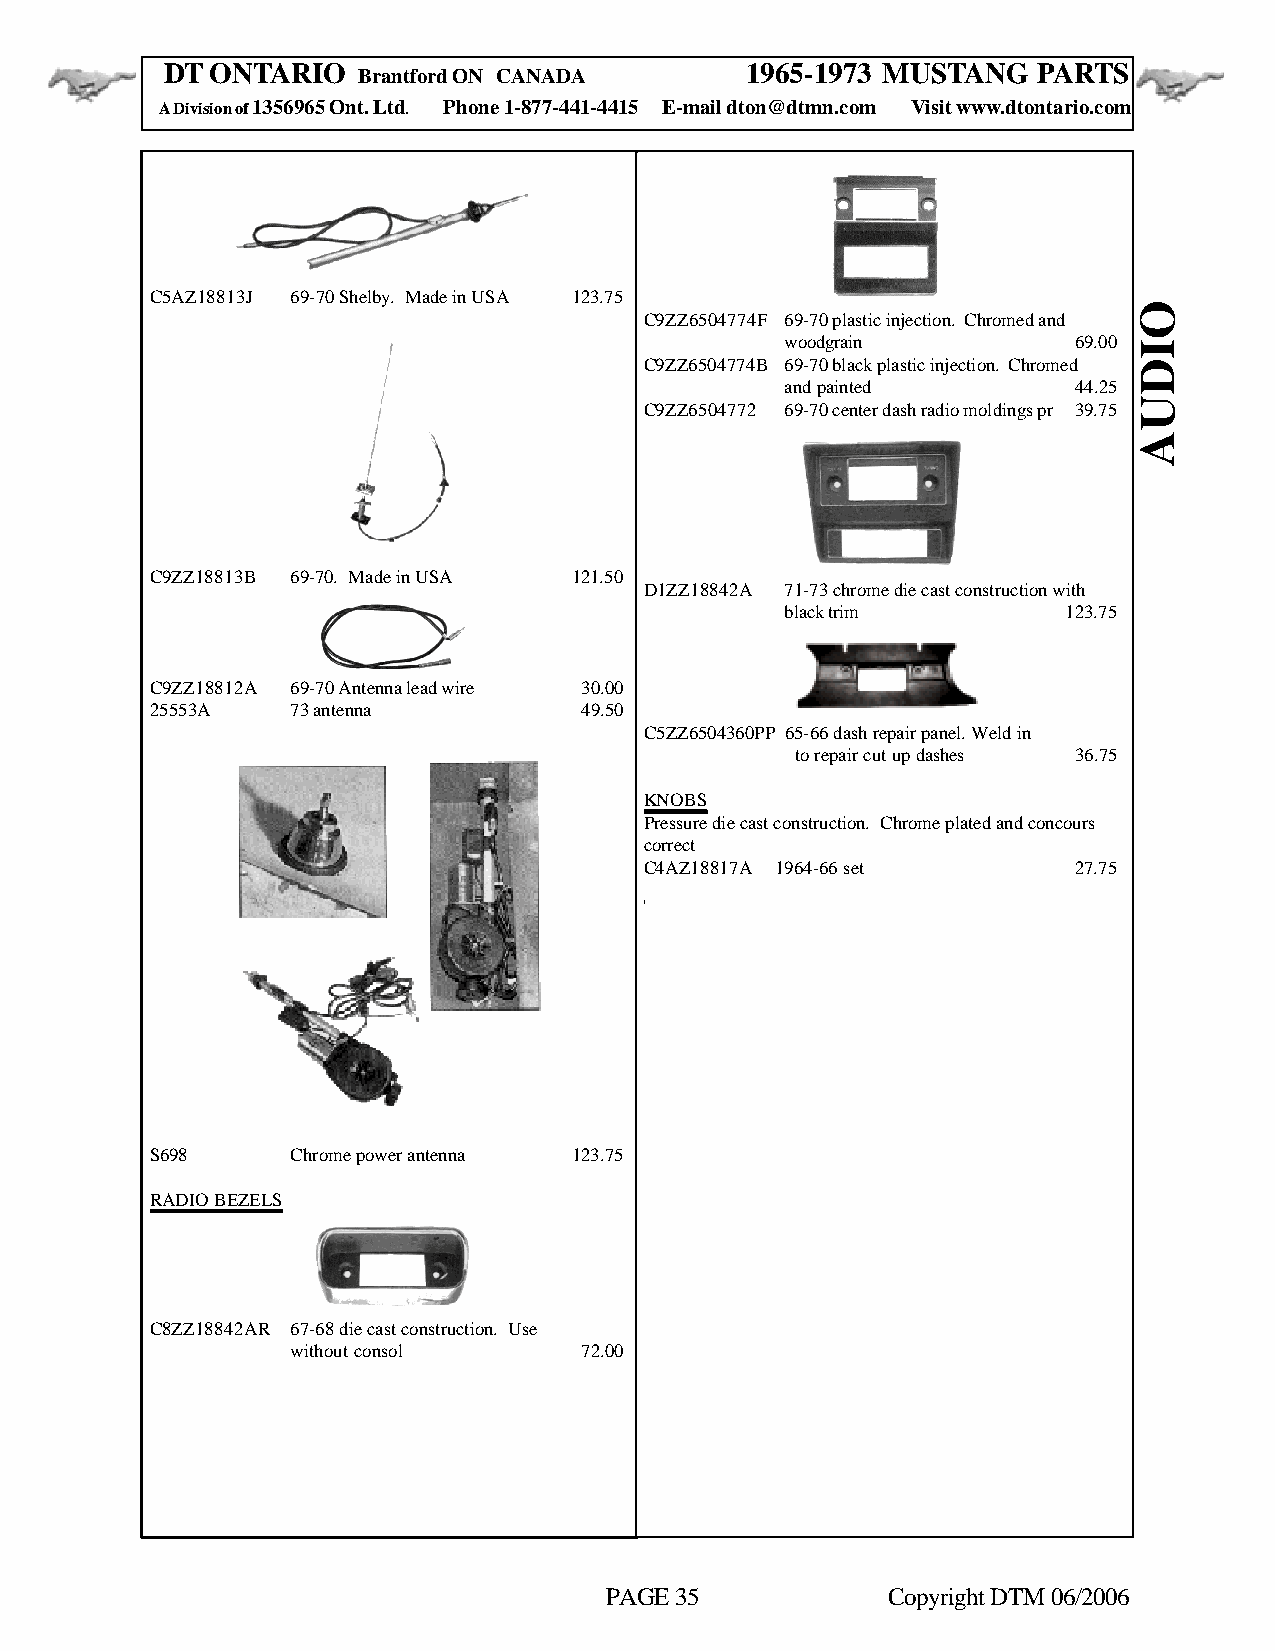
DT ONTARIO                            1965-1973 MUSTANG   PARTS
 Brantford ON CANADA
 A Division of 1356965 Ont. Ltd. Phone 1-877-441-4415 E-mail dton@dtmn.com Visit www.dtontario.com
 C5AZ18813J 69-70 Shelby. Made in USA 123.75
 C9ZZ6504774F 69-70 plastic injection. Chromed and
 woodgrain          69.00
 C9ZZ6504774B 69-70 black plastic injection. Chromed
 and painted        44.25
 C9ZZ6504772 69-70 center dash radio moldings pr 39.75
 C9ZZ18813B 69-70. Made in USA 121.50
 D1ZZ18842A 71-73 chrome die cast construction with
 black trim         123.75
 C9ZZ18812A 69-70 Antenna lead wire 30.00
 25553A   73 antenna         49.50
 C5ZZ6504360PP 65-66 dash repair panel. Weld in
 to repair cut up dashes 36.75
 KNOBS
 Pressure die cast construction. Chrome plated and concours
 correct
 C4AZ18817A 1964-66 set      27.75
 S698     Chrome power antenna 123.75
 RADIO BEZELS
 C8ZZ18842AR 67-68 die cast construction. Use
 without consol     72.00
 PAGE 35            Copyright DTM 06/2006
 OIDUA